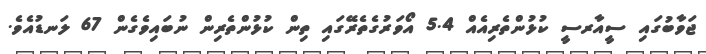
ޖަވާބުގައި ސީއާރސީ ކުޅުންތެރިއެއް 5.4 އޯވަރުގެތެރޭގައި ތިން ކުޅުންތެރިން ނުބައިވެގެން 67 ލަނޑުއެވެ.